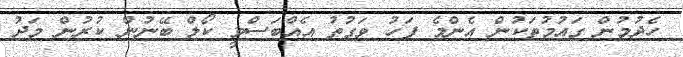
ހެދުމުން ގައުމުތަކުން އެންމެ ފަހު ވަގުތު އެއްބަސްވީ ކޯލް ބޭނުން ކުރުން މަދު